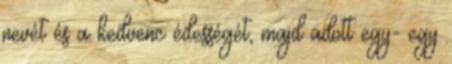
nevét és a kedvenc édességét, majd adott egy- egy